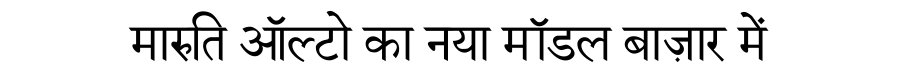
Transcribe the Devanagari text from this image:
मारुति ऑल्टो का नया मॉडल बाज़ार में